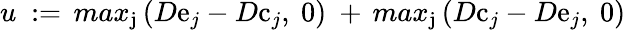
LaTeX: u\ :=\, max_{\mathrm{j}}\left(D\mathrm{e}_{j}-D\mathrm{c}_{j},\ 0\right)\ +\, max_{\mathrm{j}}\left(D\mathrm{c}_{j}-D\mathrm{e}_{j},\ 0\right)